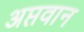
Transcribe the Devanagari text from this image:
अप्तवान